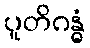
ပူတိဂန္ဓံ